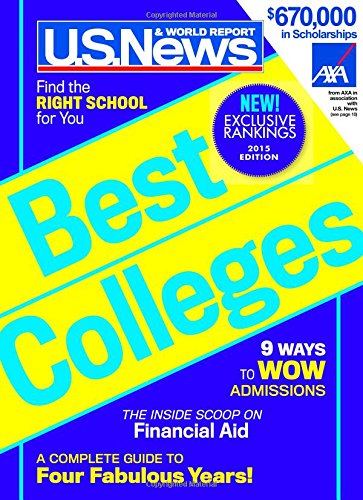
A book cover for Best Colleges 2015; U.S. News and World Report; Education & Teaching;